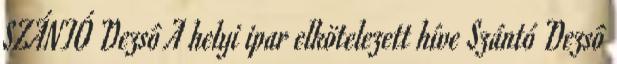
SZÁNTÓ Dezsô A helyi ipar elkötelezett híve Szántó Dezsô